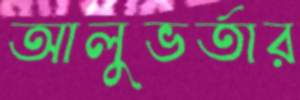
আলুভর্তার